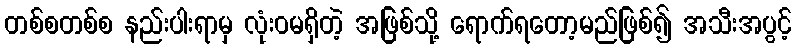
တစ်စတစ်စ နည်းပါးရာမှ လုံးဝမရှိတဲ့ အဖြစ်သို့ ရောက်ရတော့မည်ဖြစ်၍ အသီးအပွင့်